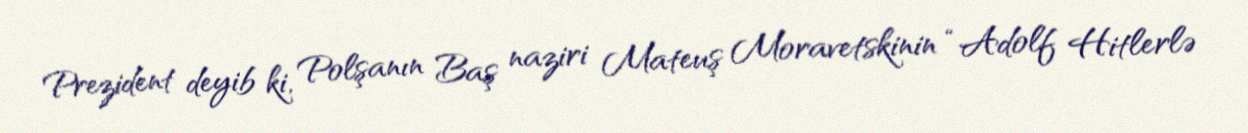
Prezident deyib ki, Polşanın Baş naziri Mateuş Moravetskinin “Adolf Hitlerlə